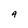
Character: q